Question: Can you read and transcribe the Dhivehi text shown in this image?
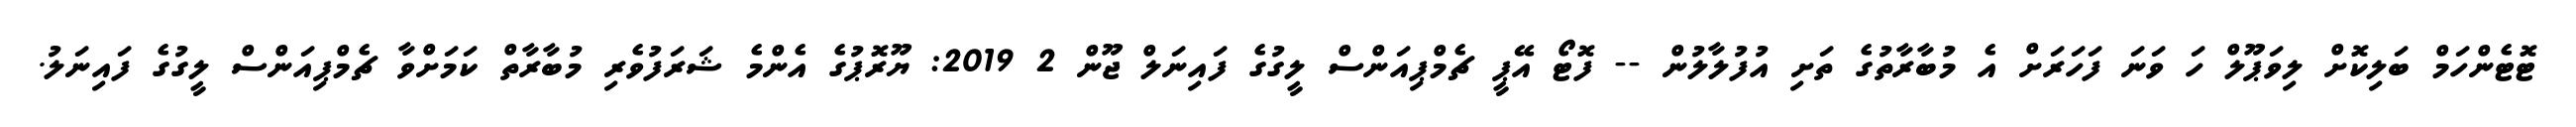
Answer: ޓޮޓެންހަމް ބަލިކޮށް ލިވަޕޫލް ހަ ވަނަ ފަހަރަށް އެ މުބާރާތުގެ ތަށި އުފުލާލުން -- ފޮޓޯ އޭޕީ ޗެމްޕިއަންސް ލީގުގެ ފައިނަލް ޖޫން 2 2019: ޔޫރޮޕުގެ އެންމެ ޝަރަފުވެރި މުބާރާތް ކަމަށްވާ ޗެމްޕިއަންސް ލީގުގެ ފައިނަލު.